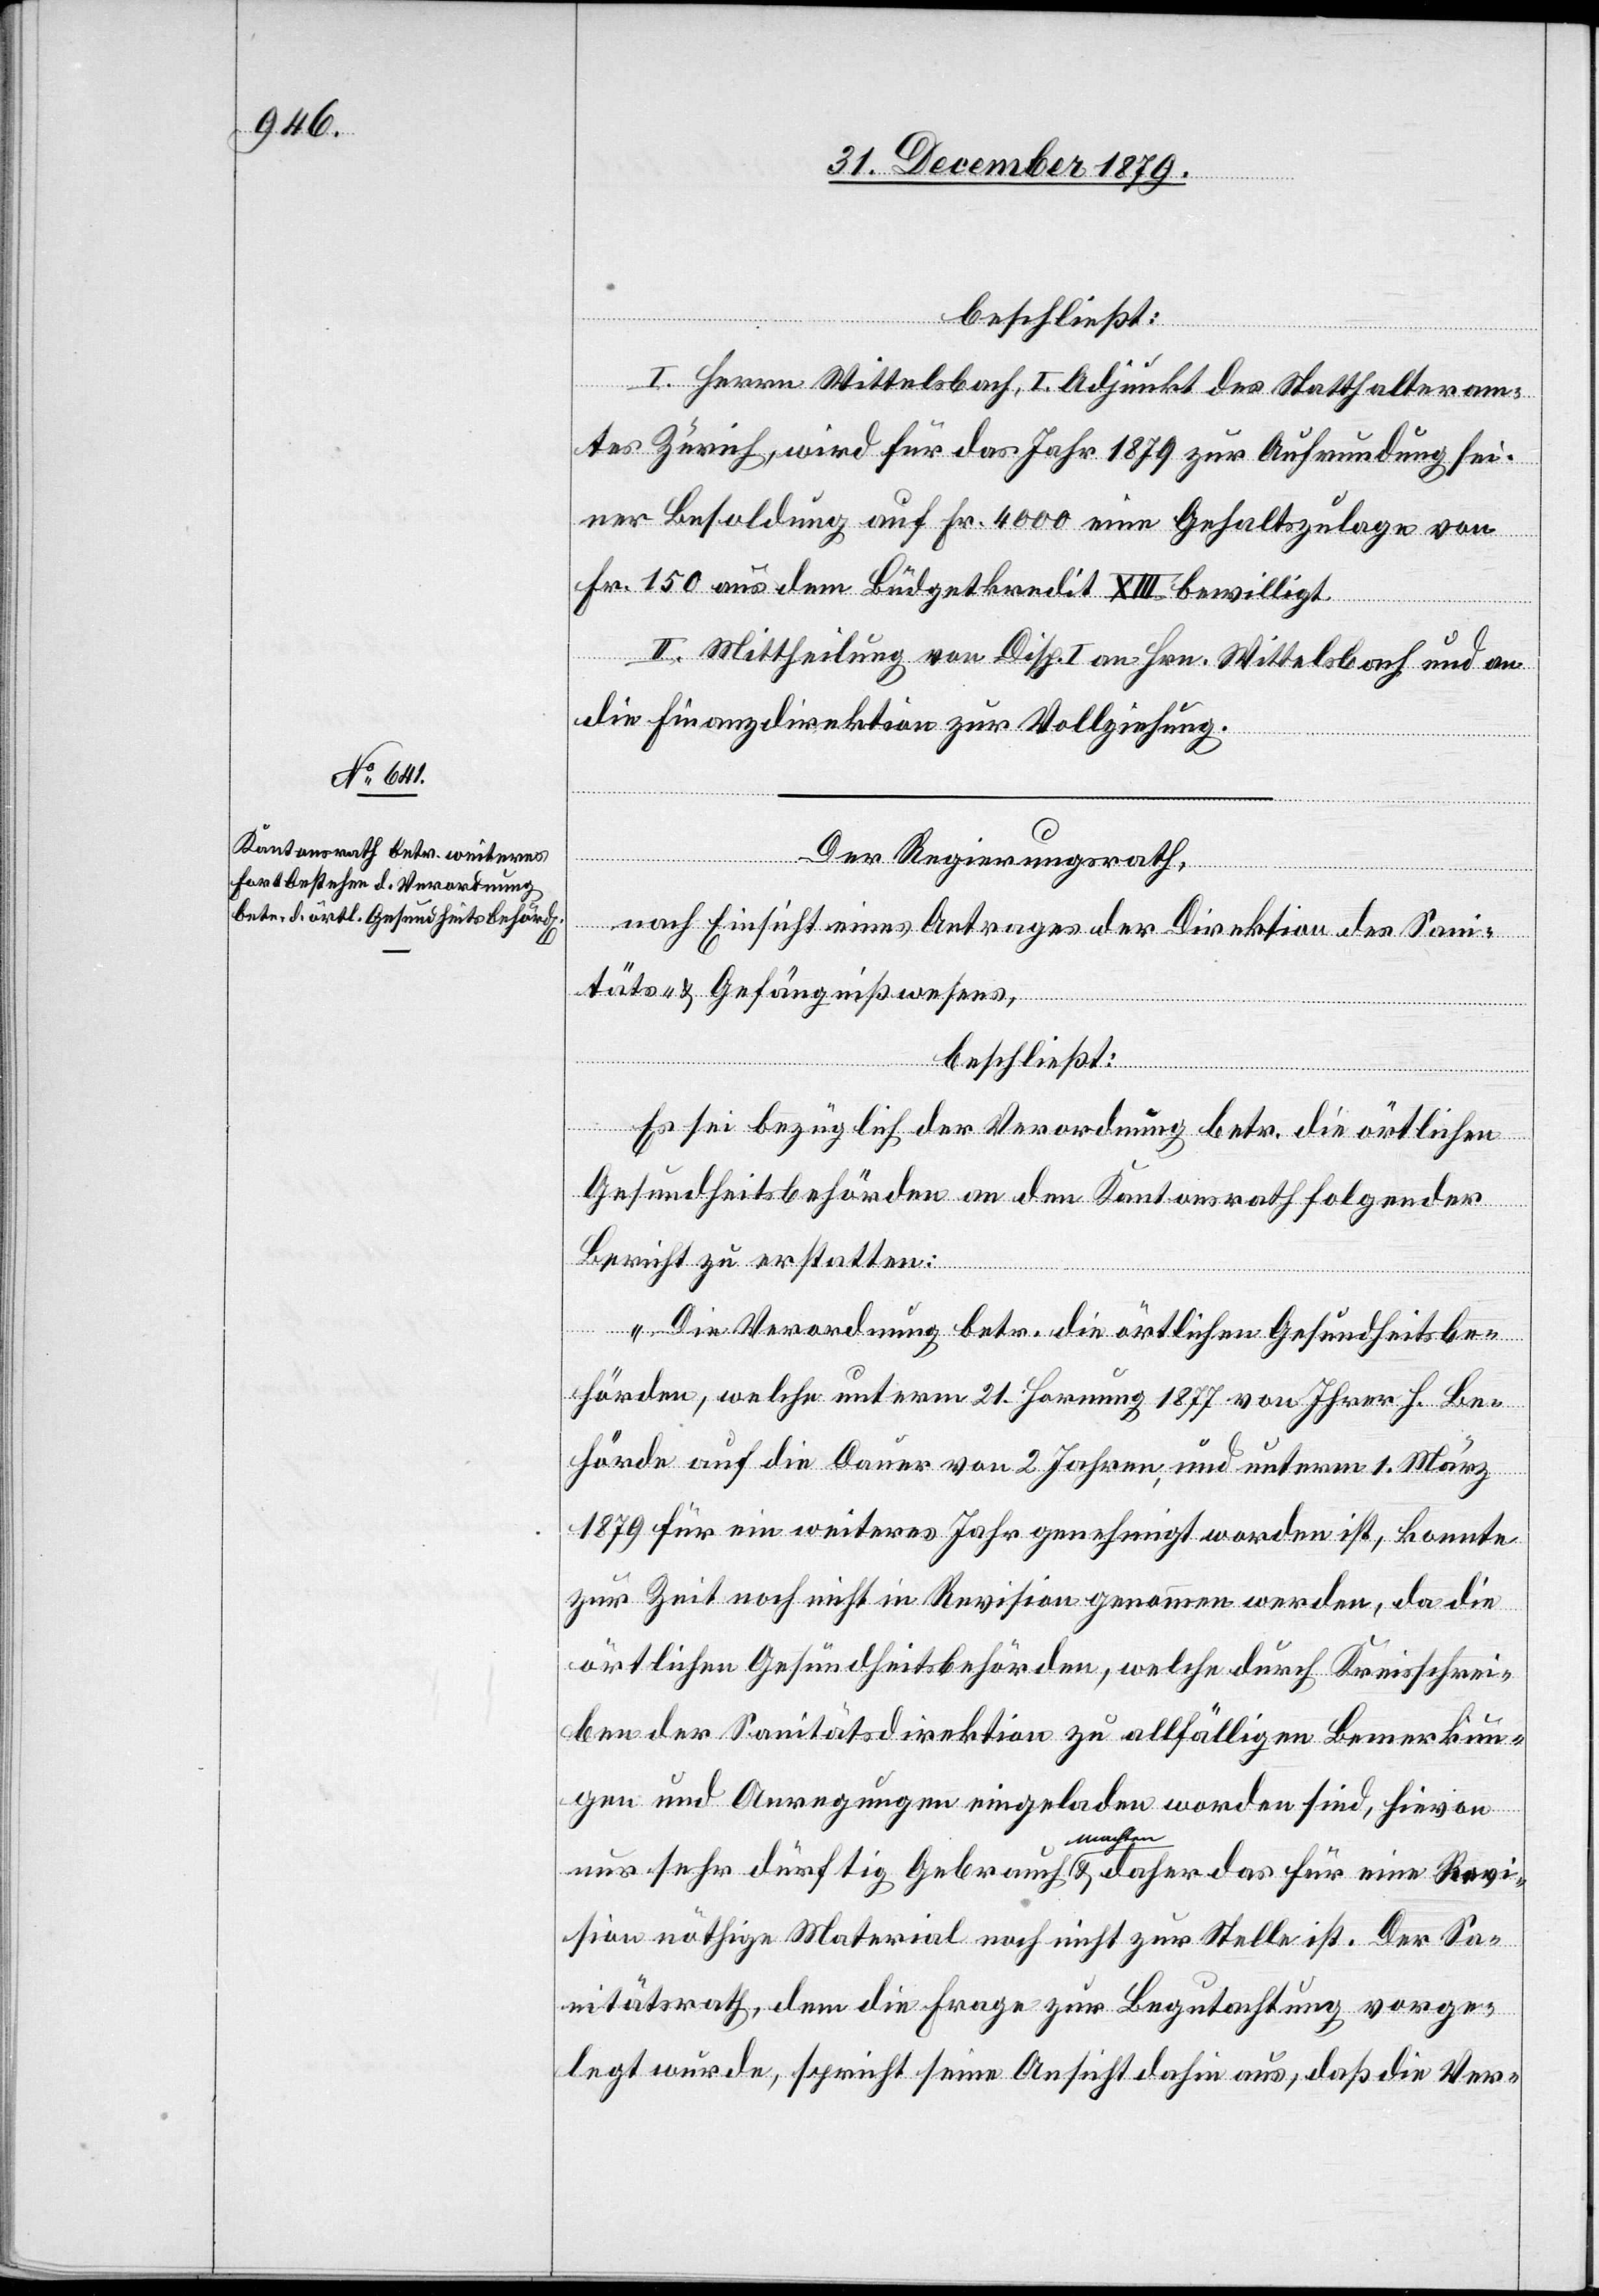
beschließt:
I. Herrn Wittelsbach, I. Adjunkt des Statthalteram¬
tes Zürich, wird für das Jahr 1879 zur Aufrundung sei¬
ner Besoldung auf Fr. 4000 eine Gehaltszulage von
Fr. 150 aus dem Büdgetkredit XIII bewilligt.
II. Mittheilung von Disp. I. an Hrn. Wittelsbach und an
Der Regierungsrath,
nach Einsicht eines Antrages der Direktion des Sani¬
täts- & Gefängnißwesens,
beschließt:
Es sei bezüglich der Verordnung betr. die örtlichen
Gesundheitsbehörden an den Kantonsrath folgender
Bericht zu erstatten:
die
rektion.
„Die Verordnung betr. die örtlichen Gesundheitsbe¬
hörden, welche unterm 21. Hornung 1877 von Ihrer h. Be¬
hörde auf die Dauer von 2 Jahren, und unterm 1. März
1879 für ein weiteres Jahr genehmigt worden ist, konnte
zur Zeit noch nicht in Revision genommen werden, da die
örtlichen Gesundheitsbehörden, welche durch Kreisschrei¬
ben der Sanitätsdirektion zu allfälligen Bemerkun¬
gen und Anregungen eingeladen worden sind, hievon
nur sehr dürftig Gebrauch machten & daher das für eine Revi¬
sion nöthige Material noch nicht zur Begutachtung vorge¬
legt wurde, spricht seine Ansicht dahin aus, daß die Ver-